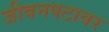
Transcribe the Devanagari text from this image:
जीवनपटावर